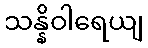
သန္နိဝါရေယျ